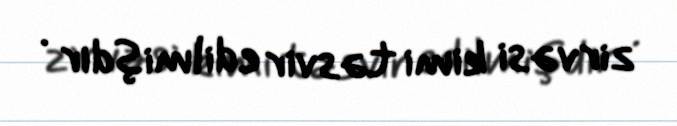
zirvəsi kimi təsvir edilmişdir .